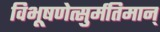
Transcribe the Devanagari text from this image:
विभूषणेत्सुर्मतिमान्